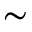
\sim